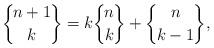
LaTeX: \begin{align*} \bigg\{\!{n+1\atop k}\!\bigg\}= k\bigg\{\!{n\atop k}\!\bigg\} + \bigg\{\!{n\atop k-1}\!\bigg\},\end{align*}